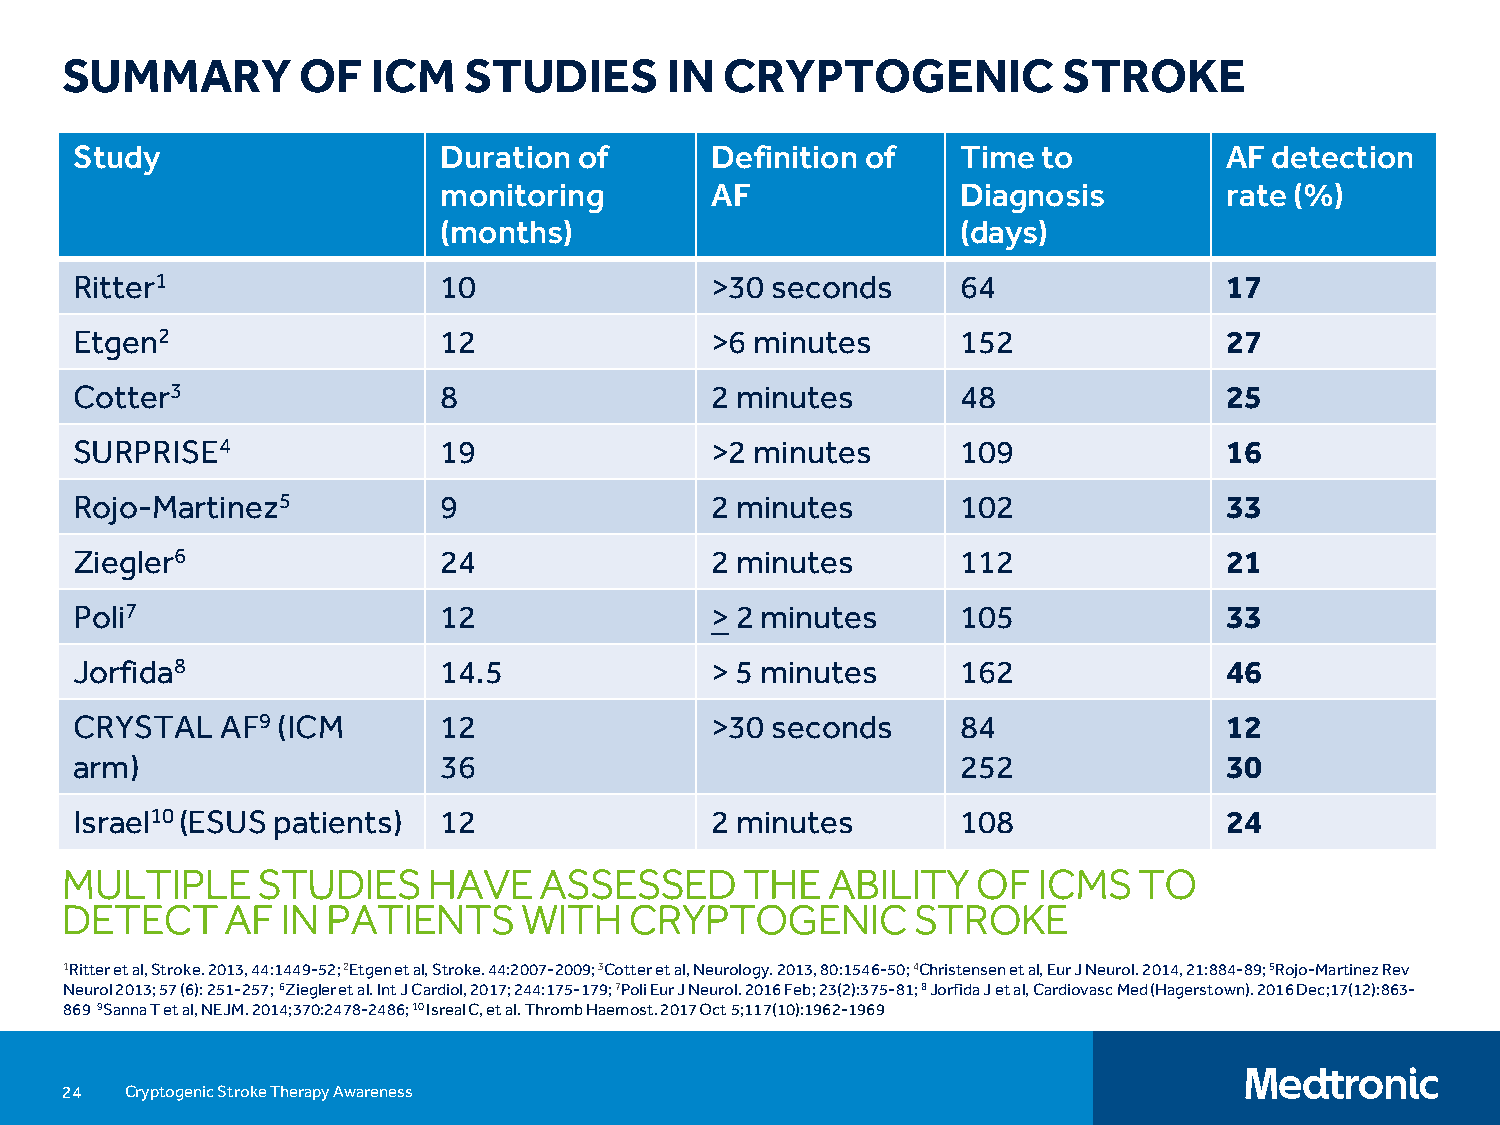
SUMMARY         OF   ICM   STUDIES      IN  CRYPTOGENIC           STROKE
 Study                   Duration of       Definition of    Time to          AF detection
 monitoring        AF               Diagnosis        rate (%)
 (months)                           (days)
 Ritter1                 10                >30 seconds      64               17
 Etgen2                  12                >6 minutes       152              27
 Cotter3                 8                 2 minutes        48               25
 SURPRISE4               19                >2 minutes       109              16
 Rojo-Martinez5          9                 2 minutes        102              33
 Ziegler6                24                2 minutes        112              21
 Poli7                   12                >2 minutes       105              33
 Jorfida8                14.5              > 5 minutes      162              46
 CRYSTAL   AF9(ICM       12                >30 seconds      84               12
 arm)                    36                                 252              30
 Israel10 (ESUS patients) 12               2 minutes        108              24
 MULTIPLE     STUDIES    HAVE    ASSESSED     THE   ABILITY   OF  ICMS  TO
 DETECT     AF  IN PATIENTS     WITH   CRYPTOGENIC        STROKE
 1Ritter et al, Stroke. 2013, 44:1449-52;2Etgen et al, Stroke. 44:2007-2009; 3Cotter et al, Neurology. 2013, 80:1546-50; 4Christensen et al, Eur J Neurol. 2014, 21:884-89; 5Rojo-Martinez Rev
 Neurol 2013; 57 (6): 251-257; 6Ziegler et al. IntJ Cardiol, 2017; 244:175-179;7Poli Eur J Neurol. 2016 Feb; 23(2):375-81; 8JorfidaJ et al, Cardiovasc Med (Hagerstown). 2016 Dec;17(12):863-
 869 9Sanna T et al, NEJM. 2014;370:2478-2486; 10Isreal C, et al. ThrombHaemost. 2017 Oct 5;117(10):1962-1969
 24  Cryptogenic Stroke Therapy Awareness